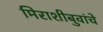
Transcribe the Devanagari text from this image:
मिराशीबुवांचे